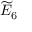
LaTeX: { \widetilde { E } } _ { 6 }